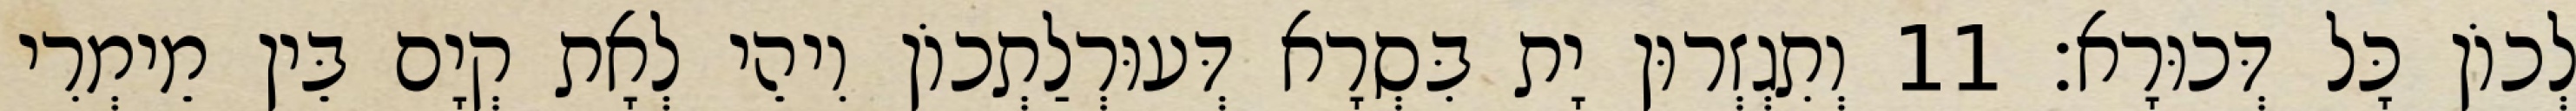
לְכוֹן כָּל דְּכוּרָא׃ 11 וְתִגְזְרוּן יָת בִּסְרָא דְּעוּרְלַתְכוֹן וִיהֵי לְאָת קְיָם בֵּין מֵימְרִי